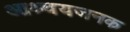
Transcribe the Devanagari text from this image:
आश्र्चयजनक